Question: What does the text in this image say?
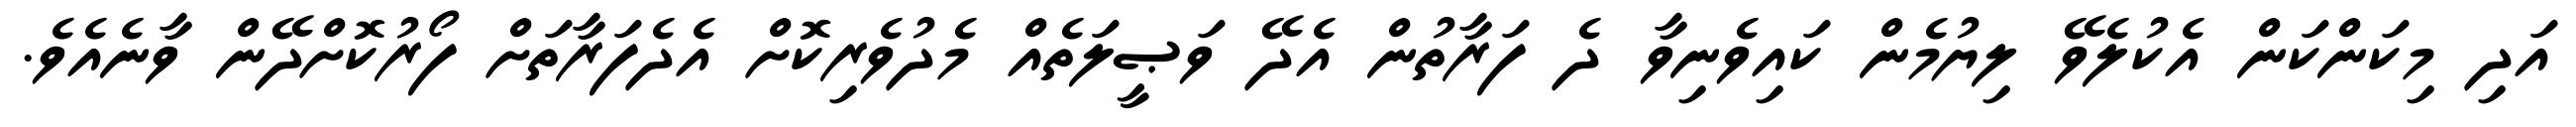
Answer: އަދި މިކަންކަން އެކުލެވޭ ލިޔުމެން ކައިވެނިވާ ދެ ފަރާތުން އެދޭ ވަޞީލަތެއް މެދުވެރިކޮށް އެދެފަރާތަށް ފޯރުކޮށްދޭން ވާނެއެވެ.